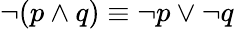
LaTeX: \neg(p\wedge q)\equiv\neg p\vee\neg q